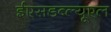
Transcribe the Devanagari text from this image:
ईएसडब्ल्यूएल